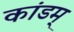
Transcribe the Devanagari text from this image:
कांडम्